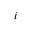
i